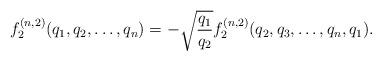
LaTeX: \begin{align*}f^{(n,2)}_2(q_1,q_2,\dots,q_n) = -\sqrt{\frac{q_1}{q_2}} f^{(n,2)}_2(q_2,q_3,\dots,q_n,q_1).\end{align*}